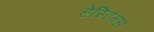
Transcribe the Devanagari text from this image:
हेस्टिंगस